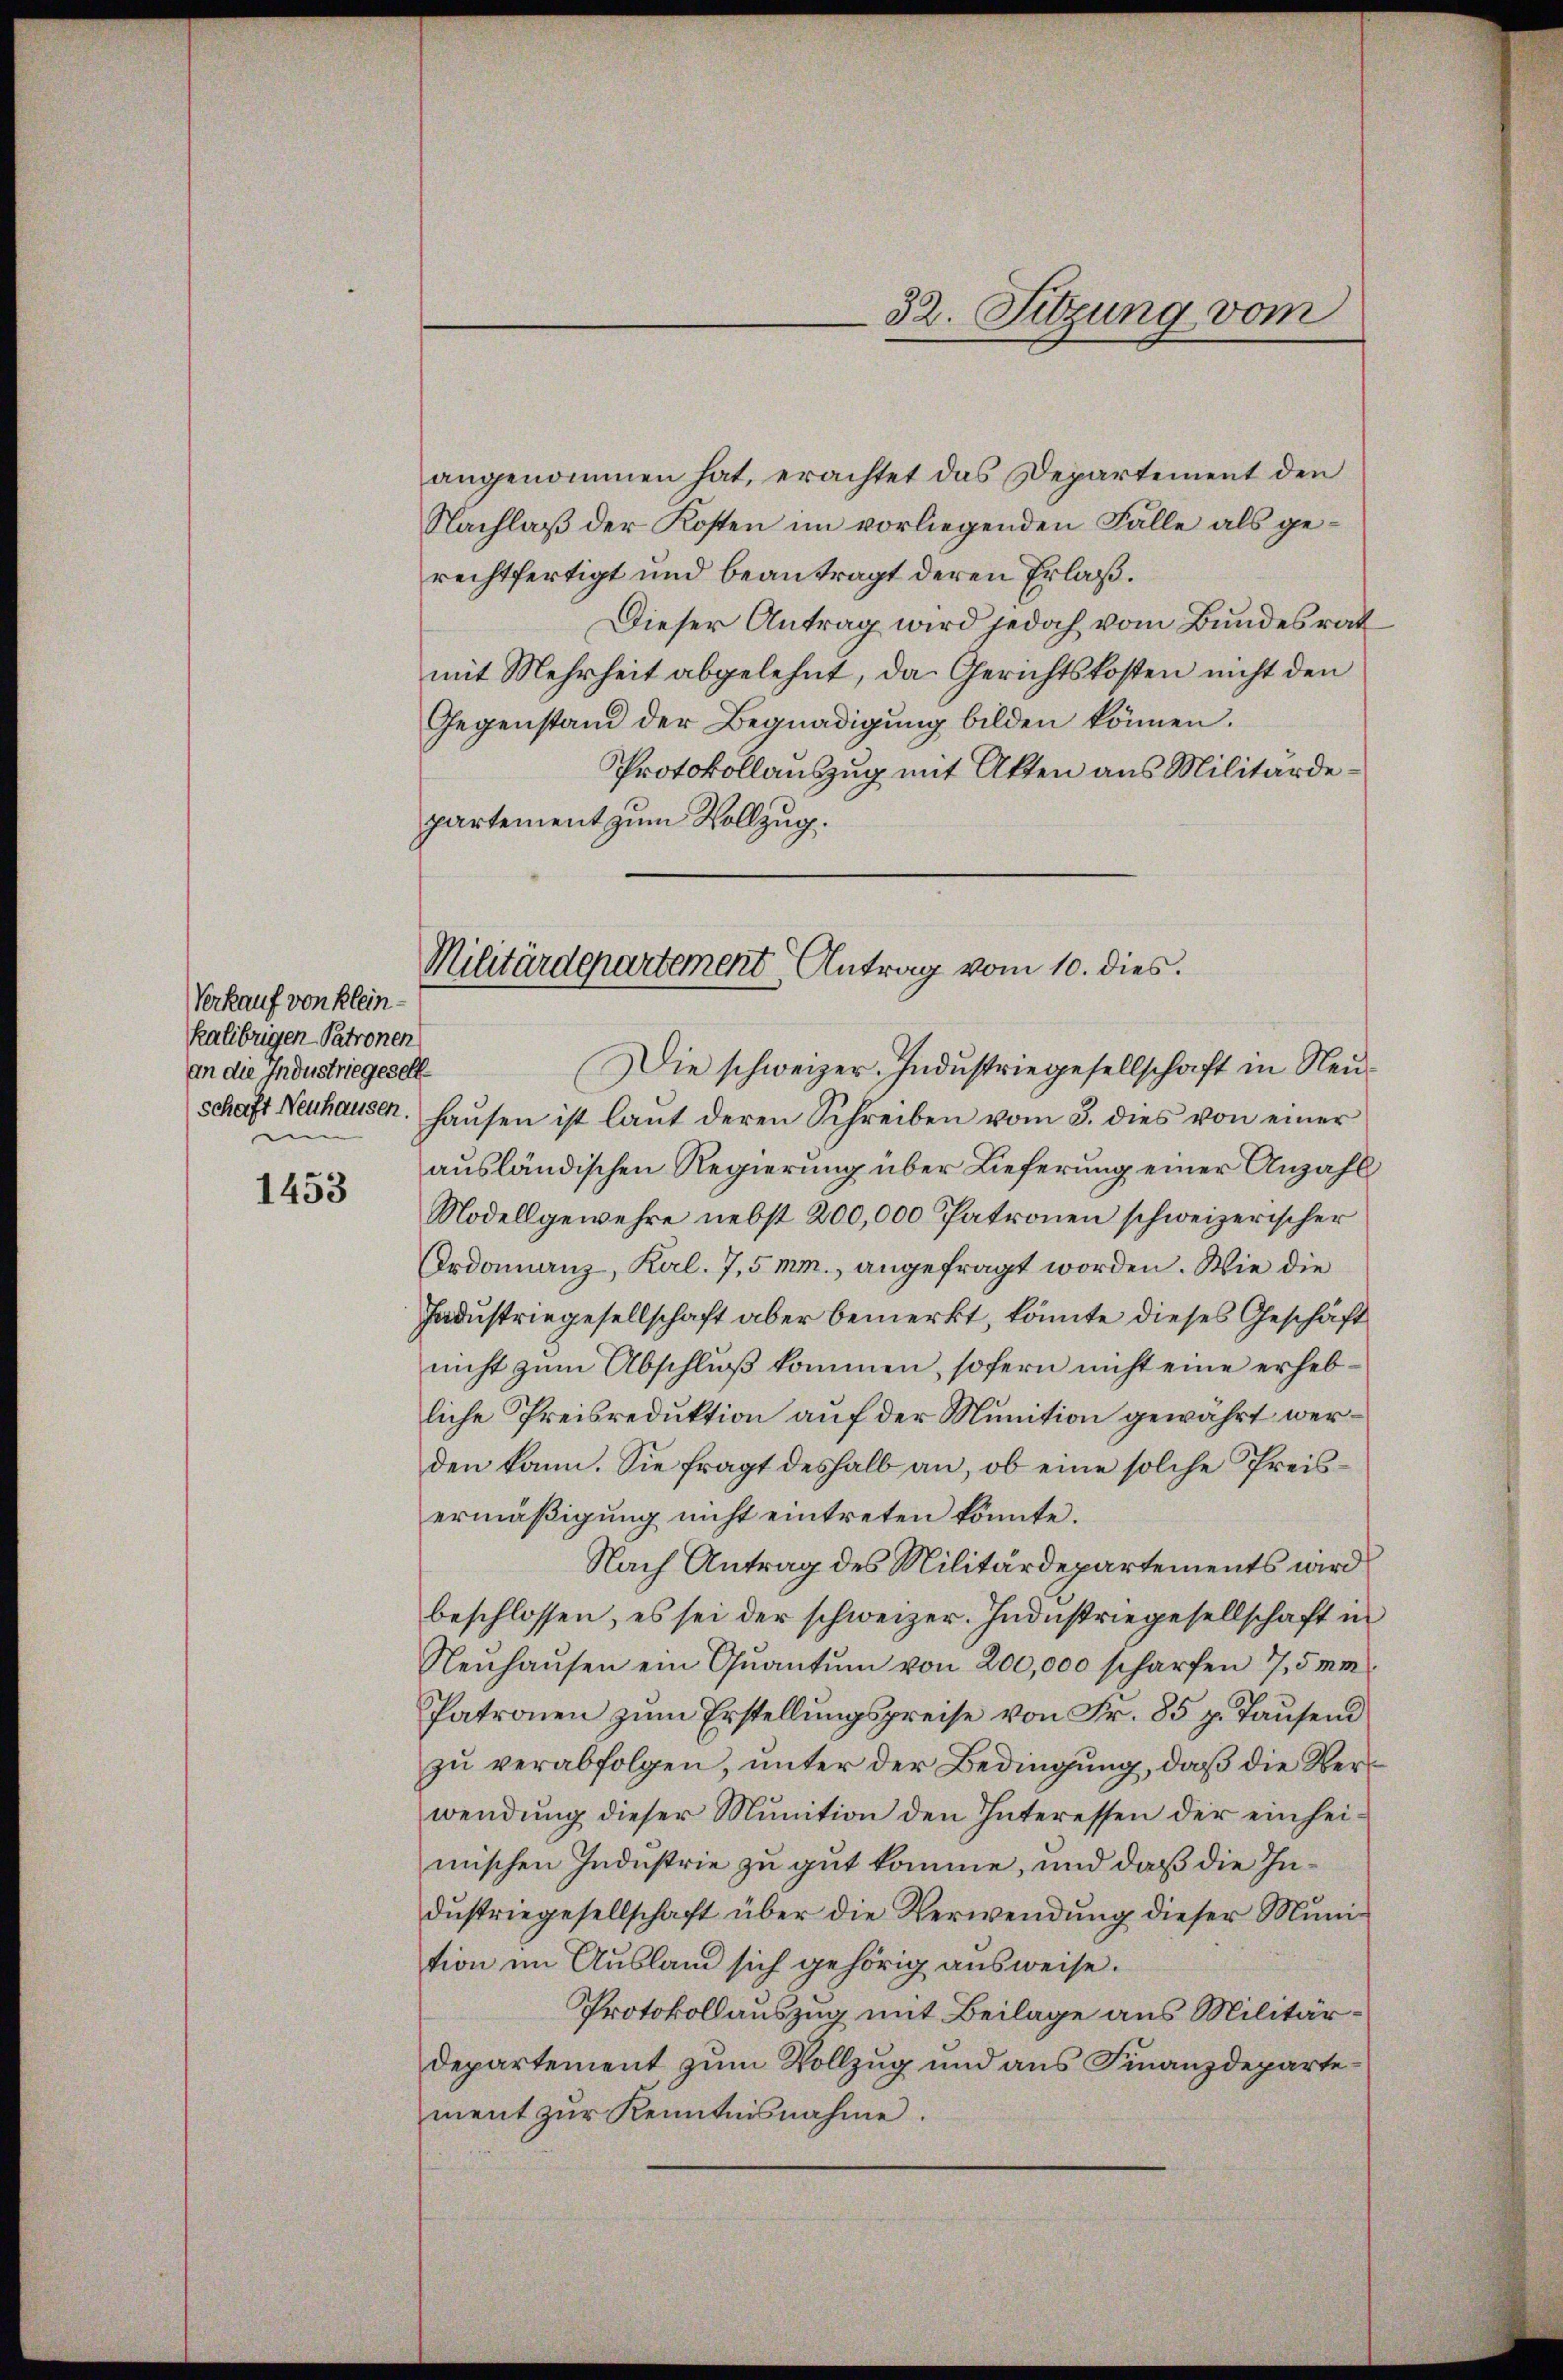
Verkauf von Klein-
kalibrigen-Patronen
an die Industriegeselln

1453

angenommen hat, erachtet das Departement den
Nachlaß der Kosten im vorliegenden Fälle als gerechtfertigt und beantragt deren Erlaß.
Dieser Antrag wird jedoch vom Bundesrat
mit Mehrheit abgelehnt, da Gerichtskosten nicht den
Gegenstand der Begnadigung bilden können.
Protokollauszug mit Akten aus Militärdepartement zum Vollzug.

32. Sitzung vom

Militärdepartement Antrag vom 10. dies.
Die schweizer. Industriegesellschaft in Neu¬

schaft Neuhausen. Haŭsen ist laut deren Schreiben vom 3. dies von einer
ausländischen Regierung über Lieferung einer Anzahl
Modellgewehre nebst 200,000 Patronen schweizerischer
Ordonnanz, Kal. 7,5 mm., angefragt worden. Wie die
Jadustriegesellschaft aber bemerkt, könnte dieses Geschäft
nicht zum Abschluß kommen, sofern nicht eine erhebliche Preisreduktion auf der Munition gewährt werden kann. Sie fragt deshalb an, ob eine solche Preisermäßigung nicht eintreten könnte.
Nach Antrag des Militärdepartements wird
beschlossen, es sei der schweizer. Industriegesellschaft in
Neŭhaŭsen ein Qŭantŭm von 200,000 scharfen 7,5 mi
Patronen zŭm Erstellungspreise von Fr. 85 p. Tausend
zu verabfolgen, unter der Bedingung, daß die Verwendung dieser Munition den Interessen der einheimischen Industrie zu gut komme, und daß die Industriegesellschaft über die Verwendung dieser Munition im Ausland sich gehörig ausweise.
Protokollauszug mit Beilage aus Militär¬
Departement zum Vollzug und aus Finanzdepartement zur Kenntnisnahme.